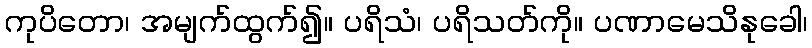
ကုပိတော၊ အမျက်ထွက်၍။ ပရိသံ၊ ပရိသတ်ကို။ ပဏာမေသိနုခေါ၊